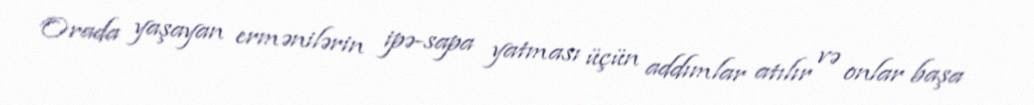
Orada yaşayan ermənilərin ipə-sapa yatması üçün addımlar atılır və onlar başa